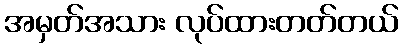
အမှတ်အသား လုပ်ထားတတ်တယ်